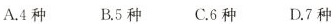
A.4 种 B.5 种 C.6 种 D.7 种